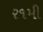
ર૧મી